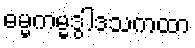
ဓမ္မကမ္မဒွါဒသကထာ